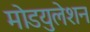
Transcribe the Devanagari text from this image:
मोडयुलेशन